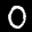
Label: 0